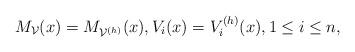
LaTeX: \begin{align*} M_{\mathcal{V}}(x)=M_{\mathcal{V}^{(h)}}(x), V_i(x)=V_i^{(h)}(x),1\le i\le n,\end{align*}